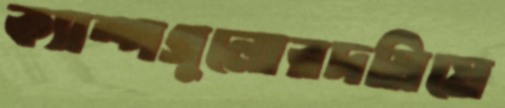
ক্যাম্পগুলোরদমিয়ে